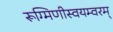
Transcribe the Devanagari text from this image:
रूग्मिणीस्वयम्वरम्